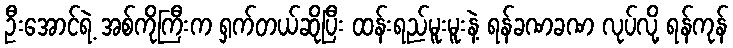
ဦးအောင်ရဲ့ အစ်ကိုကြီးက ရှက်တယ်ဆိုပြီး ထန်းရည်မူးမူးနဲ့ ရန်ခဏခဏ လုပ်လို့ ရန်ကုန်